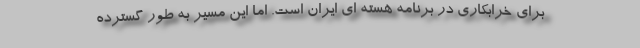
برای خرابکاری در برنامه هسته ای ایران است. اما این مسیر به طور گسترده